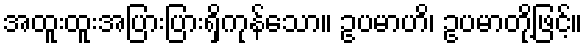
အထူးထူးအပြားပြားရှိကုန်သော။ ဥပမာဟိ၊ ဥပမာတို့ဖြင့်။